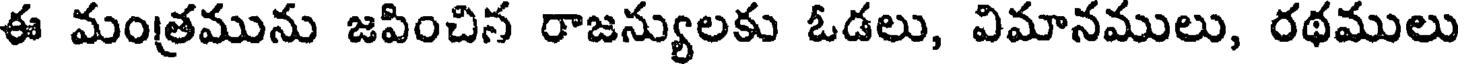
ఈ మంత్రమును జపించిన రాజన్యులకు ఓడలు, విమానములు, రథములు